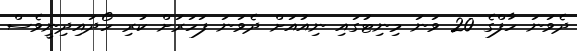
ދެވަނަ ހާފްގެ 20 ވަނަ މިނިޓުގައި ނިއުއަށް ދެވަނަ ފަހަރަށް ކުރި ހޯދައިދިނީވެސް